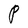
Character: P